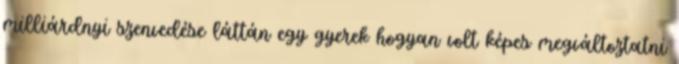
milliárdnyi szenvedése láttán egy gyerek hogyan volt képes megváltoztatni